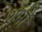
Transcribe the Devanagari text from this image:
थभी